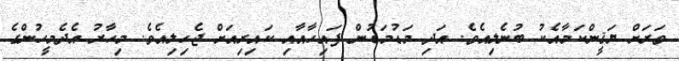
ވަރަށް ޔަޤީންކަމާއެކު ބުނެލިއެވެ. އަދި މަޑުމަޑުން ފައިހާއާއި ކައިރިއަށް ޖެހިލިއެވެ. މިހާރު އެދެމީހުންގެ